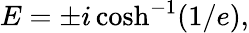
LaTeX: E=\pm i\cosh^{-1}(1/e),